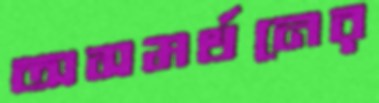
অসমর্থনের